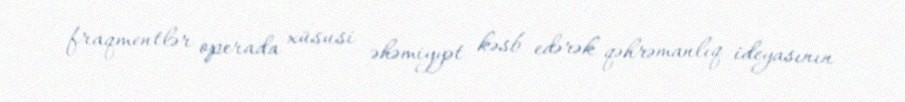
fraqmentlər operada xüsusi əhəmiyyət kəsb edərək qəhrəmanlıq ideyasının